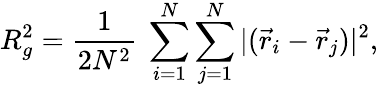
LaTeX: R_{g}^{2}=\frac{1}{2N^{2}}~\sum_{i=1}^{N}\sum_{j=1}^{N}|({\vec{r}}_{i}-{\vec{r}}_{j})|^{2},